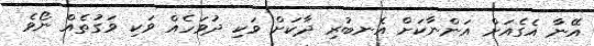
އޭނާ އެގެއަށް އަންނާކަށް އެނބުރި ދާކަށް ވަކި ދުވަހެއް ވަކި ވަގުތެއް ނޯވެ